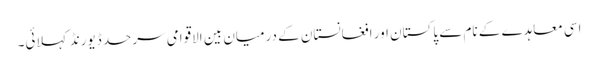
اسی معاہدے کے نام سے پاکستان اور افغانستان کے درمیان بین الاقوامی سرحد ڈیورنڈ کہلائی۔